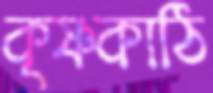
কৃষ্ণকাঠি